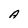
Character: A